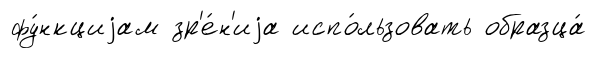
фу́нкциjам зр'е́н'иjа испо́льзовать образца́